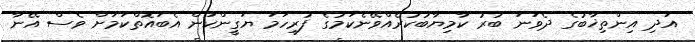
އަދި އިންތިޚާބުގެ ދެވަނަ ބުރު ކާމިޔާބުކުރެއްވޭނެކަމުގެ ފުރިހަމަ ޔަގީންކަން އެބައޮތްކަމަށް ވެސް އޭނާ